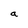
Character: a